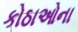
કોઠાઓના